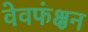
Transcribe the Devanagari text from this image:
वेवफंक्षन